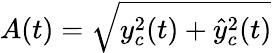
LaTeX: A(t)=\sqrt{y_{c}^{2}(t)+\hat{y}_{c}^{2}(t)}